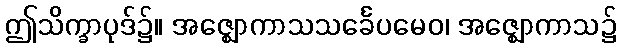
ဤသိက္ခာပုဒ်၌။ အဇ္ဈောကာသသင်္ခေပမေဝ၊ အဇ္ဈောကာသ၌